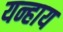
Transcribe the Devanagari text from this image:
यन्हाय